Civil Veterinary Dept. Bombay admin report 1907-1913 - 1907-1913
Year: 1907
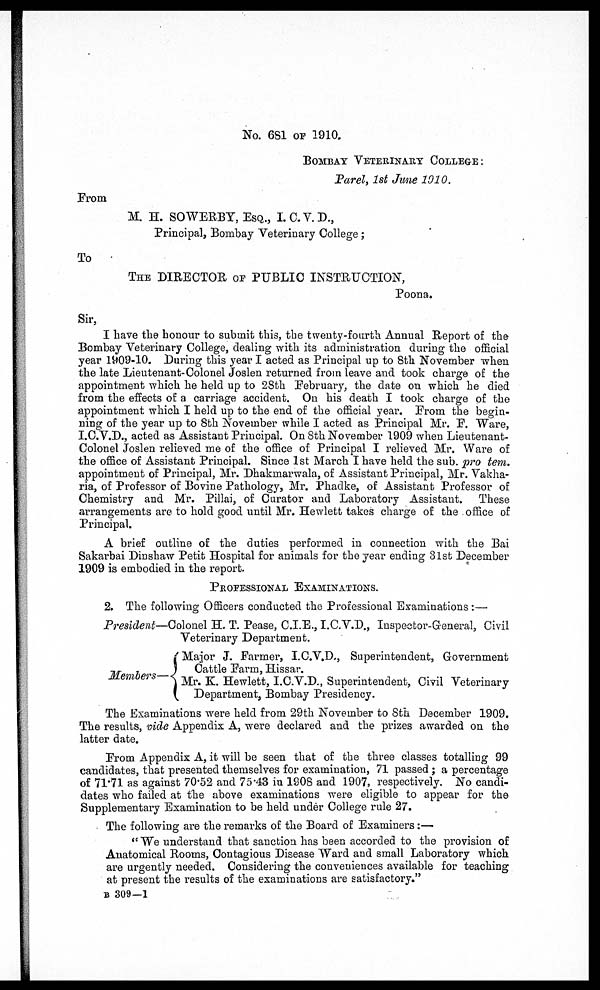
No. 681 OF 1910.
BOMBAY VETERINARY COLLEGE:
Parel, 1st June 1910.
From
M. H. SOWERBY, ESQ., I.C.V.D.,
Principal, Bombay Veterinary College ;
To
THE DIRECTOR OF PUBLIC INSTRUCTION,
Poona.
Sir,
I have the honour to submit this, the twenty-fourth Annual Report of the
Bombay Veterinary College, dealing with its administration during the official
year 1909-10. During this year I acted as Principal up to 8th November when
the late Lieutenant-Colonel Joslen returned from leave and took charge of the
appointment which he held up to 28th February, the date on which he died
from the effects of a carriage accident. On his death I took charge of the
appointment which I held up to the end of the official year. Prom the begin-
ning of the year up to 8th November while I acted as Principal Mr. P. Ware,
I.C.V.D., acted as Assistant Principal. On 8th November 1909 when Lieutenant-
Colonel Joslen relieved me of the office of Principal I relieved Mr. Ware of
the office of Assistant Principal. Since 1st March I have held the sub. pro tem.
appointment of Principal, Mr. Dhakmarwala, of Assistant Principal, Mr. Vakha-
ria, of Professor of Bovine Pathology, Mr. Phadke, of Assistant Professor of
Chemistry and Mr. Pillai, of Curator and Laboratory Assistant.
These
arrangements are to hold good until Mr. Hewlett takes charge of the office of
Principal.
A brief outline of the duties performed in connection with the Bai
Sakarbai Dinshaw Petit Hospital for animals for the year ending 31st December
1909 is embodied in the report.
PROFESSIONAL EXAMINATIONS.
2. The following Officers conducted the Professional Examinations :—
President—Colonel H. T. Pease, C.I.E., I.C.V.D., Inspector-General, Civil
Veterinary Department.
Major J. Farmer, I.C.V.D., Superintendent, Government
Cattle Farm, Hissar.
Members
Hewlett, I.C.V.D., Superintendent, Civil Veterinary
Department, Bombay Presidency.
The Examinations were held from 29th November to 8th December 1909.
The results, vide Appendix A, were declared and the prizes awarded on the
latter date.
Prom Appendix A, it will be seen that of the three classes totalling 99
candidates, that presented themselves for examination, 71 passed ; a percentage
of 71.71 as against 70.52 and 75.43 in 1908 and 1907, respectively. No candi-
dates who failed at the above examinations were eligible to appear for the
Supplementary Examination to be held under College rule 27.
The following are the remarks of the Board of Examiners:—
" We understand that sanction has been accorded to the provision of
Anatomical Rooms, Contagious Disease Ward and small Laboratory which
are urgently needed. Considering the conveniences available for teaching
at present the results of the examinations are satisfactory."
B 309—1